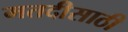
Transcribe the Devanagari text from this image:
मतदीसाठी